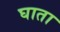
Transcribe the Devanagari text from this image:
घाता